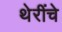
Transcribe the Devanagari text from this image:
थेरींचे